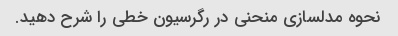
نحوه مدلسازی منحنی در رگرسیون خطی را شرح دهید.